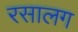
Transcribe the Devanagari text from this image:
रसालग